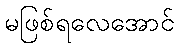
မဖြစ်ရလေအောင်